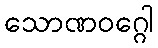
သောဏဝဂ္ဂေါ